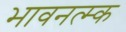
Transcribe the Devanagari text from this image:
भावनत्म्क